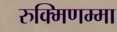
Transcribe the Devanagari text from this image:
रुक्मिणम्मा